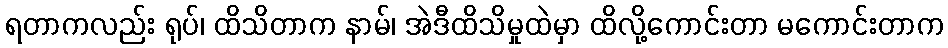
ရတာကလည်း ရုပ်၊ ထိသိတာက နာမ်၊ အဲဒီထိသိမှုထဲမှာ ထိလို့ကောင်းတာ မကောင်းတာက